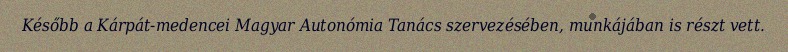
Később a Kárpát-medencei Magyar Autonómia Tanács szervezésében, munkájában is részt vett.